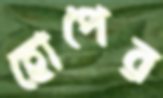
হোপের